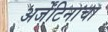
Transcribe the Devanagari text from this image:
अर्जेंटिनाचा